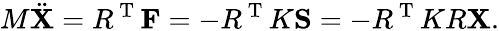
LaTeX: M\ddot{\mathbf{X}}=R^{\mathrm{~T~}}\mathbf{F}=-R^{\mathrm{~T~}}K\mathbf{S}=-R^{\mathrm{~T~}}KR\mathbf{X}.